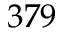
3 7 9